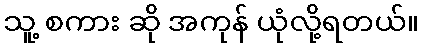
သူ့ စကား ဆို အကုန် ယုံလို့ရတယ်။